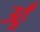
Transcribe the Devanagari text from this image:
उठूँ